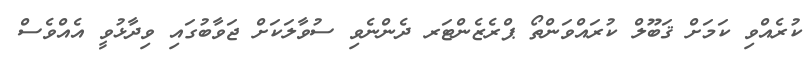
ކުރެއްވި ކަމަށް ޤަބޫލް ކުރައްވަންތޯ ޕްރެޒެންޓަރ ދެންނެވި ސުވާލަކަށް ޖަވާބުގައި ވިދާޅުވީ އެއްވެސް